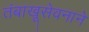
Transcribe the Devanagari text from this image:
तंबाखूसेवनाने